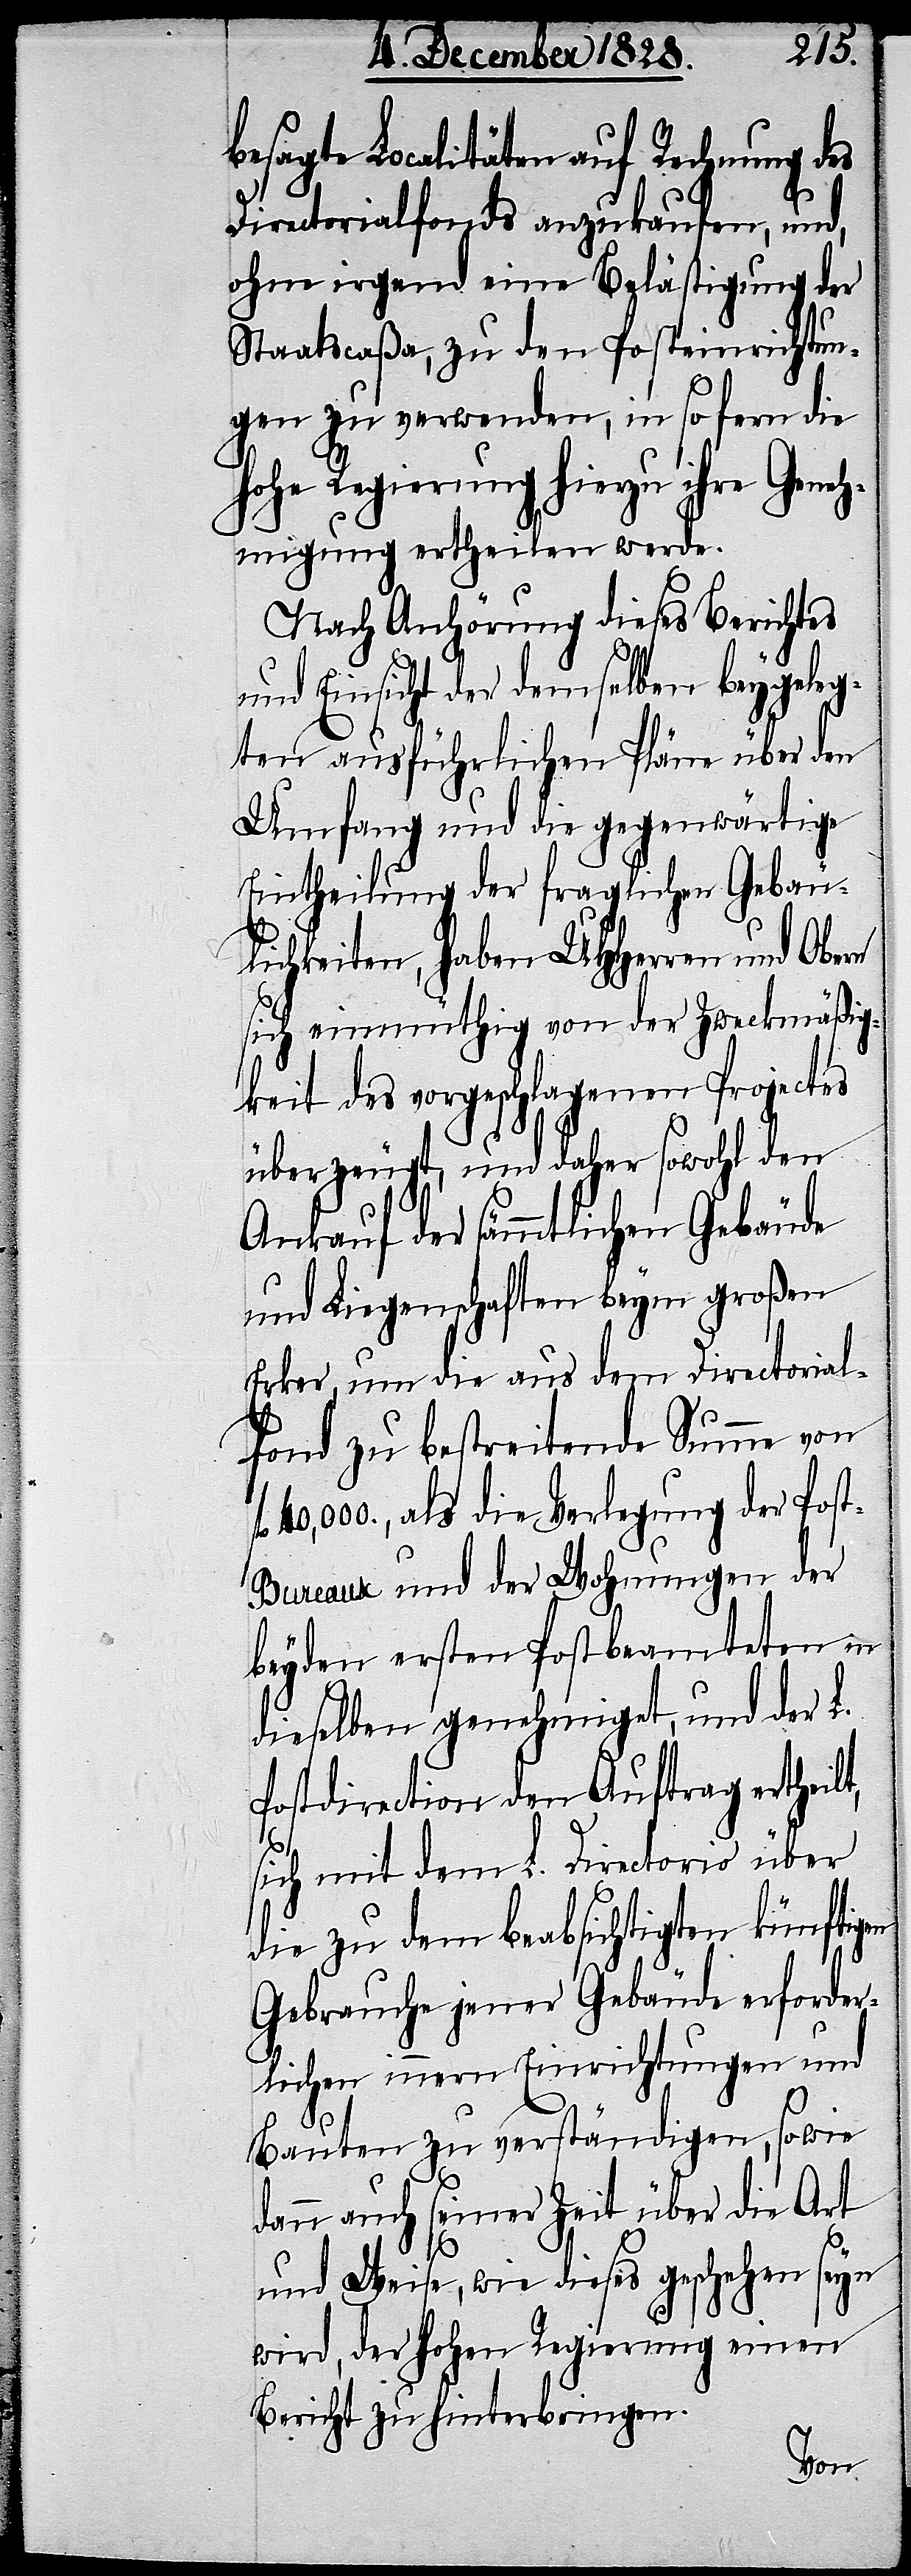
besagte Localitäten auf Rechnung des
Directorialfonds anzukaufen, und,
ohne irgend eine Belästigung der
Staatscaßa, zu den Posteinrichtun¬
gen zu verwenden, in so fern die
hohe Regierung hierzu ihre Geneh¬
migung ertheilen werde.
Nach Anhörung dieses Berichtes
und Einsicht der demselben beygeleg¬
ten ausführlichen Pläne über den
Umfang und die gegenwärtige
Eintheilung der fraglichen Gebäu¬
lichkeiten, haben UHHerren und Obern
sich einmüthig von der Zweckmäßig¬
keit des vorgeschlagenen Projectes
überzeugt, und daher sowohl den
Ankauf der sämmtlichen Gebäude
und Liegenschaften beym großen
t,
Erker, um die aus dem Directorial¬
fond zu bestreitende Summe von
40,000., als die Verlegung der Pos¬
t-Bureaux und der Wohnungen der
beyden ersten Postbeamteten in
dieselben genehmiget, und der L.
Postdirection den Auftrag ertheil¬
sich mit dem L. Directorio über
die zu dem beabsichtigten künftigen
Gebrauche jener Gebäude erforder¬
lichen innern Einrichtungen und
Bauten zu verständigen, so wie
dann auch seiner Zeit über die Art
und Weise, wie dieses geschehen seyn
wird, der hohen Regierung einen
Bericht zu hinterbringen.